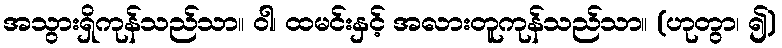
အသွားရှိကုန်သည်သာ။ ဝါ၊ ထမင်းနှင့် အလားတူကုန်သည်သာ။ (ဟုတွာ၊ ၍)